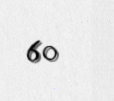
60